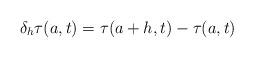
LaTeX: \begin{align*}\delta_h\tau (a,t) = \tau (a+h,t)-\tau(a,t)\end{align*}